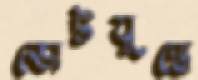
ভোটযুদ্ধে